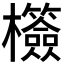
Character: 𣠺